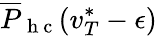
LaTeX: \overline{{P}}_{\mathrm{~h~c~}}(v_{T}^{*}-\epsilon)